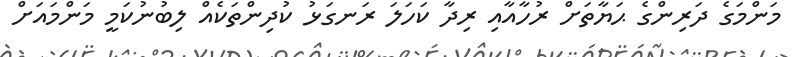
މަންމަގެ ދަރިންގެ ޙަޔާތަށް ރުހާއާއި ރިދާ ކަހަލަ ރަނގަޅު ކުދިންތަކެއް ލިބުނުކަމީ މަންމައަށް